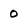
Character: 0